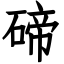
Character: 碲